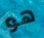
هو